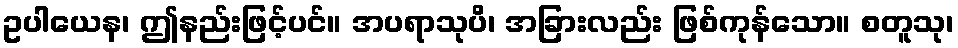
ဥပါယေန၊ ဤနည်းဖြင့်ပင်။ အပရာသုပိ၊ အခြားလည်း ဖြစ်ကုန်သော။ စတူသု၊